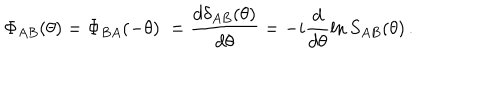
\Phi _ { A B } ( \theta ) = \Phi _ { B A } ( - \theta ) \; = \frac { d \delta _ { A B } ( \theta ) } { d \theta } = - i \frac { d } { d \theta } \ln S _ { A B } ( \theta ) \, .